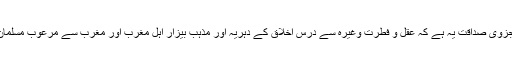
مفروضہ میں جزوی صداقت یہ ہے کہ عقل و فطرت وغیرہ سے درس اخلاق کے دہریہ اور مذہب بیزار اہل مغرب اور مغرب سے مرعوب مسلمان بھی قائل ہیں۔